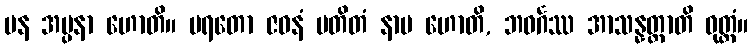
ပန အပ္ပနာ ဟောတိ။ ပရတော ဇဝနံ ပတိတံ နာမ ဟောတိ, ဘဝင်္ဂဿ အာသန္နတ္တာတိ ဝုတ္တံ။